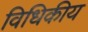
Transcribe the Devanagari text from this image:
विधिकीय